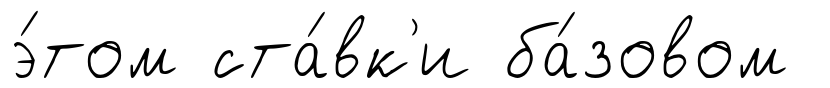
э́том ста́вк'и ба́зовом